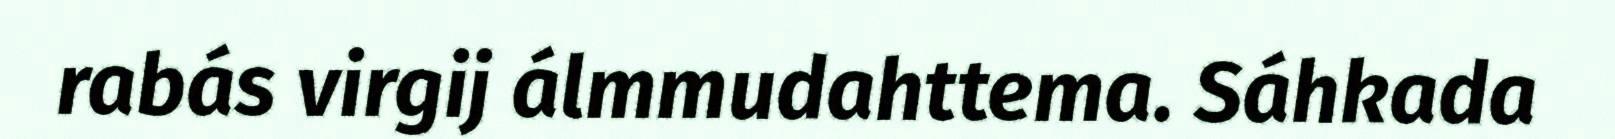
rabás virgij álmmudahttema. Sáhkada